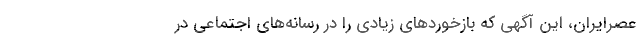
عصرایران، این آگهی که بازخوردهای زیادی را در رسانه‌های اجتماعی در